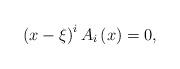
LaTeX: \begin{align*}\left( {x - \xi } \right)^i A_i \left( x \right) = 0 , \end{align*}